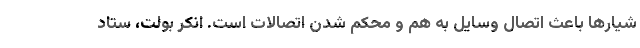
شیارها باعث اتصال وسایل به هم و محکم شدن اتصالات است. انکر بولت، ستاد